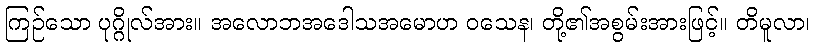
ကြဉ်သော ပုဂ္ဂိုလ်အား။ အလောဘအဒေါသအမောဟ ဝသေန၊ တို့၏အစွမ်းအားဖြင့်။ တိမူလာ၊